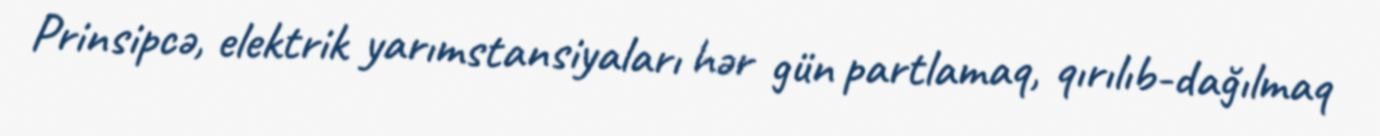
Prinsipcə, elektrik yarımstansiyaları hər gün partlamaq, qırılıb-dağılmaq